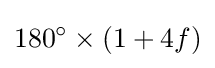
180^{\circ }\times (1+4f)